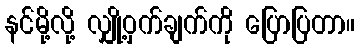
နင်မို့လို့ လျှို့ဝှက်ချက်ကို ပြောပြတာ။